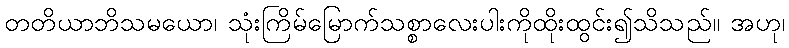
တတိယာဘိသမယော၊ သုံးကြိမ်မြောက်သစ္စာလေးပါးကိုထိုးထွင်း၍သိသည်။ အဟု၊